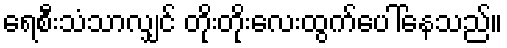
ရေစီးသံသာလျှင် တိုးတိုးလေးထွက်ပေါ်နေသည်။